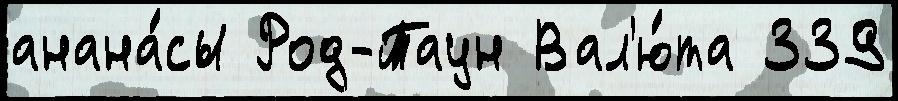
анана́сы Род-Таун Вал'ю́та 339